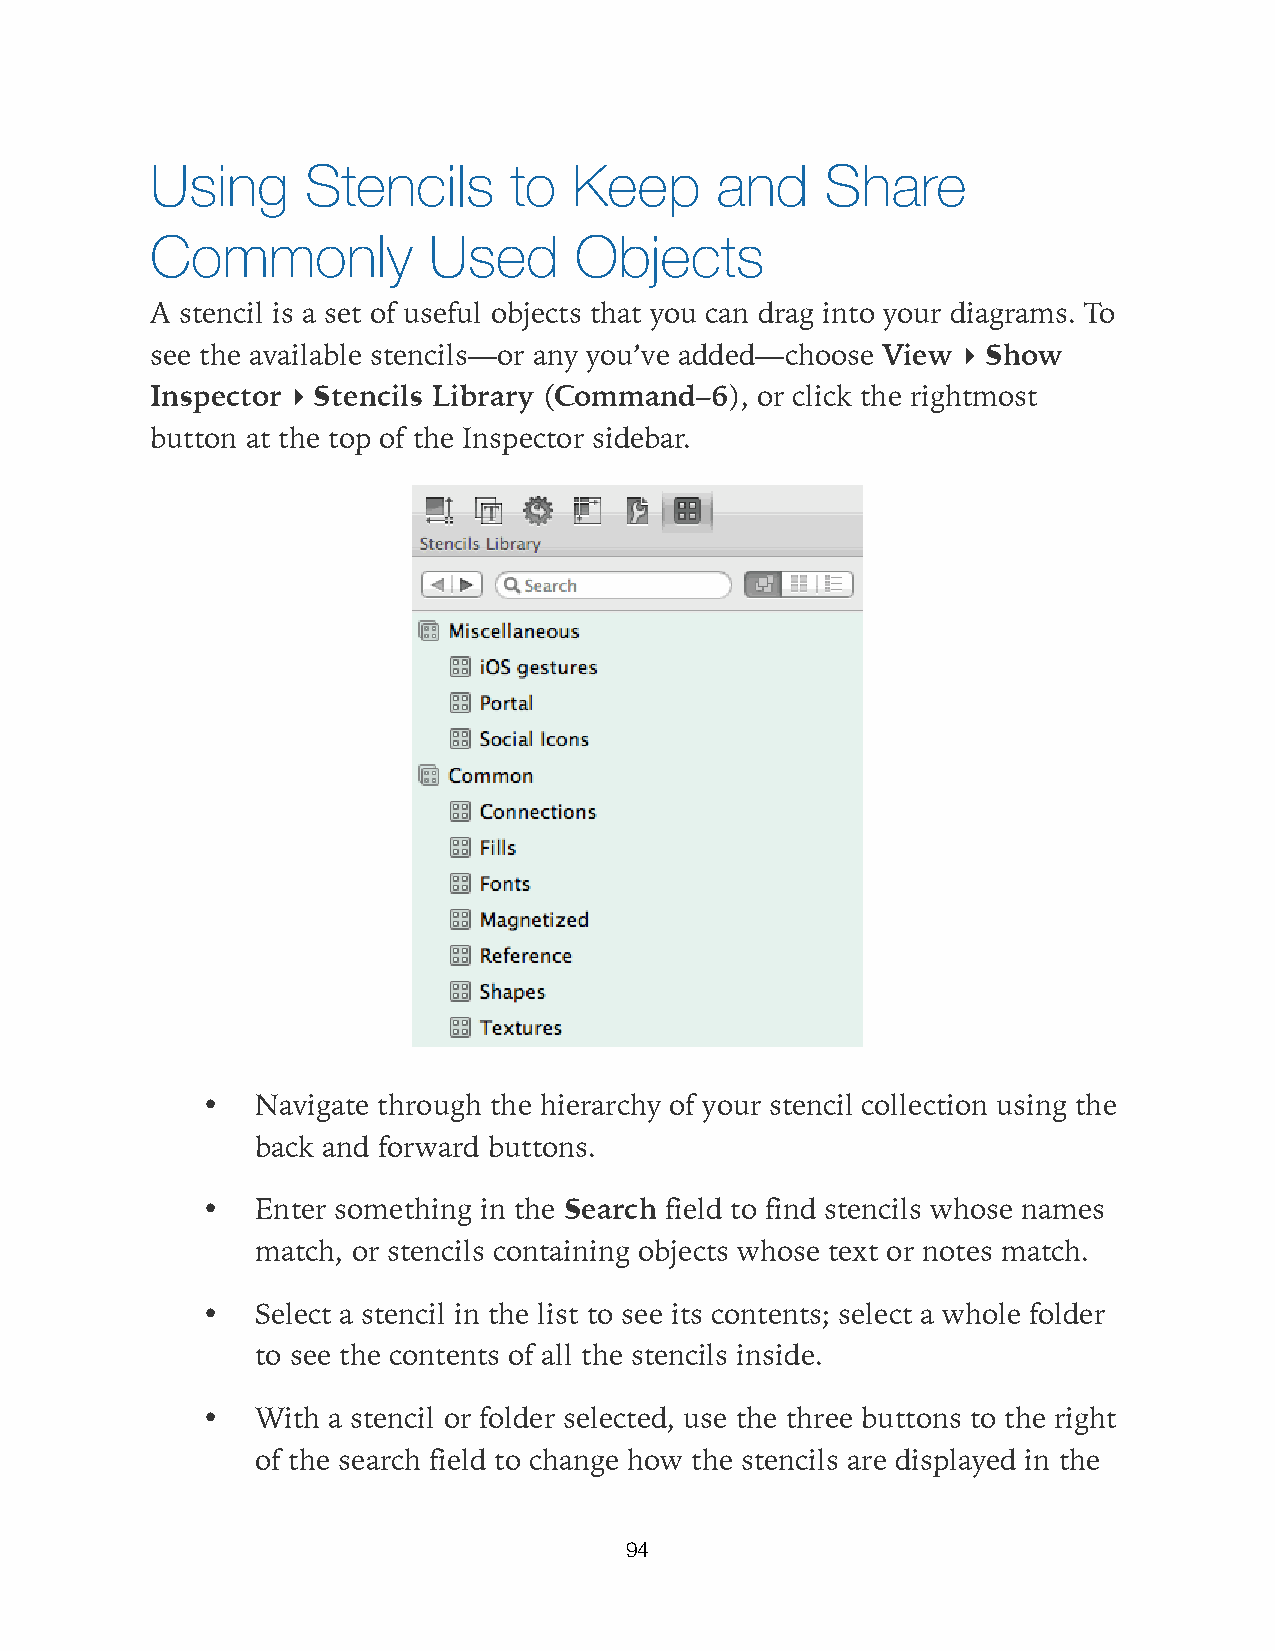
Using     Stencils      to  Keep     and     Share
 Commonly          Used      Objects
 A stencil is a set of useful objects that you can drag into your diagrams. To
 see the available stencils—or any you’ve added—choose View ▸ Show
 Inspector ▸ Stencils Library (Command–6), or click the rightmost
 button at the top of the Inspector sidebar.
 •   Navigate through the hierarchy of your stencil collection using the
 back and forward buttons.
 •   Enter something in the Search field to find stencils whose names
 match, or stencils containing objects whose text or notes match.
 •   Select a stencil in the list to see its contents; select a whole folder
 to see the contents of all the stencils inside.
 •   With a stencil or folder selected, use the three buttons to the right
 of the search field to change how the stencils are displayed in the
 94